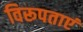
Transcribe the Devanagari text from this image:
विरूपताएं